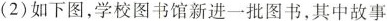
(2)如下图，学校图书馆新进一批图书，其中故事